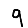
Digit: 9